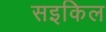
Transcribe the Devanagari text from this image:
सइकिल